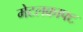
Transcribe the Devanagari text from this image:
मेटलक्राफ्ट